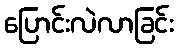
ပြောင်းလဲလာခြင်း